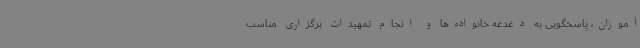
آموزان، پاسخگویی به دغدغه خانواده‌ها و انجام تمهیدات برگزاری مناسب